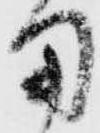
用